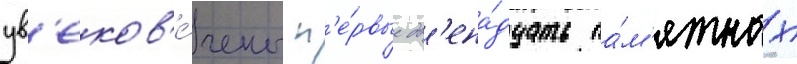
ув'еков'е́чены п'е́рвые дв'ена́дцать па́м'ятных